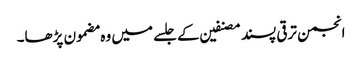
انجمن ترقی پسند مصنفین کے جلسے میں وہ مضمون پڑھا۔